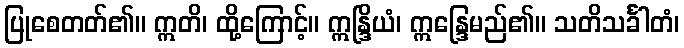
ပြုစေတတ်၏။ ဣတိ၊ ထို့ကြောင့်။ ဣန္ဒြိယံ၊ ဣန္ဒြေမည်၏။ သတိသင်္ခါတံ၊